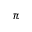
\pi